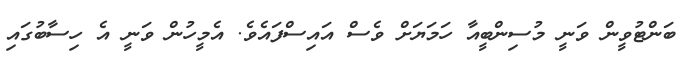
ބަންޓުވީން ވަނީ މުސިންބީއާ ހަމަޔަށް ވެސް އައިސްފައެވެ. އެމީހުން ވަނީ އެ ހިސާބުގައި